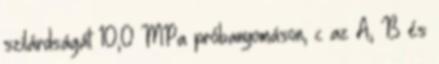
szilárdságát 10,0 MPa próbanyomáson, c az A, B és